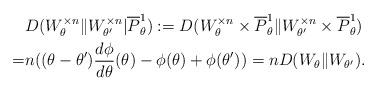
LaTeX: \begin{align*} &D(W_\theta^{\times n} \| W_{\theta'}^{\times n} |\overline{P}^1_\theta) :=D(W_\theta^{\times n} \times \overline{P}^1_\theta\| W_{\theta'}^{\times n} \times \overline{P}^1_\theta) \\=& n((\theta -\theta') \frac{d \phi}{d\theta}(\theta) - \phi(\theta) + \phi(\theta'))=n D(W_\theta \| W_{\theta'} ). \end{align*}